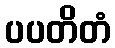
ပပတိတံ